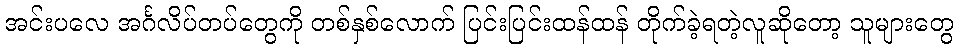
အင်းပလေ အင်္ဂလိပ်တပ်တွေကို တစ်နှစ်လောက် ပြင်းပြင်းထန်ထန် တိုက်ခဲ့ရတဲ့လူဆိုတော့ သူများတွေ